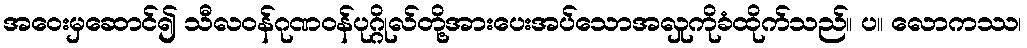
အဝေးမှဆောင်၍ သီလဝန်ဂုဏဝန်ပုဂ္ဂိုလ်တို့အားပေးအပ်သောအလှုကိုခံထိုက်သည်။ ပ။ လောကဿ၊